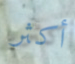
أكثر